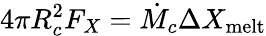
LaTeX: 4\pi R_{c}^{2}F_{X}=\dot{M}_{c}\Delta X_{\mathrm{melt}}